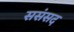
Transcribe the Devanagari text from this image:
ससंसद